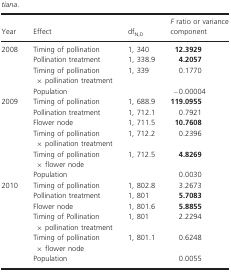
<table><thead><tr><td><b>Year</b></td><td><b>Effect</b></td><td><b>df<sub>N,D</sub></b></td><td><b><i>F</i> ratio or variance component</b></td></tr></thead><tbody><tr><td rowspan="4">2008</td><td>Timing of pollination</td><td>1, 340</td><td><b>12.3929</b></td></tr><tr><td>Pollination treatment</td><td>1, 338.9</td><td><b>4.2057</b></td></tr><tr><td>Timing of pollination × pollination treatment</td><td>1, 339</td><td>0.1770</td></tr><tr><td>Population</td><td></td><td>−0.00004</td></tr><tr><td rowspan="6">2009</td><td>Timing of pollination</td><td>1, 688.9</td><td><b>119.0955</b></td></tr><tr><td>Pollination treatment</td><td>1, 712.1</td><td>0.7921</td></tr><tr><td>Flower node</td><td>1, 711.5</td><td><b>10.7608</b></td></tr><tr><td>Timing of pollination × pollination treatment</td><td>1, 712.2</td><td>0.2396</td></tr><tr><td>Timing of pollination × flower node</td><td>1, 712.5</td><td><b>4.8269</b></td></tr><tr><td>Population</td><td></td><td>0.0030</td></tr><tr><td rowspan="6">2010</td><td>Timing of pollination</td><td>1, 802.8</td><td>3.2673</td></tr><tr><td>Pollination treatment</td><td>1, 801</td><td><b>5.7083</b></td></tr><tr><td>Flower node</td><td>1, 801.6</td><td><b>5.8855</b></td></tr><tr><td>Timing of Pollination × pollination treatment</td><td>1, 801</td><td>2.2294</td></tr><tr><td>Timing of pollination × flower node</td><td>1, 801.1</td><td>0.6248</td></tr><tr><td>Population</td><td></td><td>0.0055</td></tr></tbody></table>